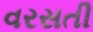
વરસતી